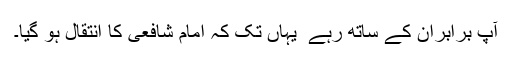
آپ برابران کے ساتھ رہے ٗ یہاں تک کہ امام شافعی کا انتقال ہو گیا۔